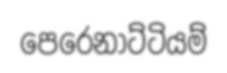
පෙරෙනාට්ටියම්